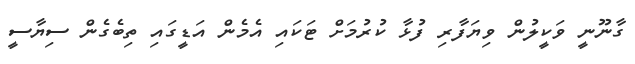
ގާނޫނީ ވަކީލުން ވިޔަފާރި ފުޅާ ކުރުމަށް ޓަކައި އެމެން އަޑީގައި ތިބެގެން ސިޔާސީ